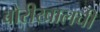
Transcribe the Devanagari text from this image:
बोरीखालची